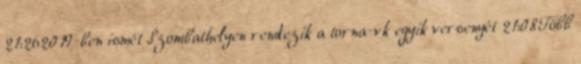
21:262019-ben ismét Szombathelyen rendezik a torna-vk egyik versenyét 21:08Több